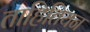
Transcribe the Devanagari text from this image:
ताहितियन